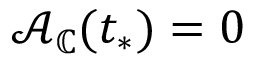
\mathcal { A } _ { \mathbb { C } } ( t _ { * } ) = 0